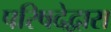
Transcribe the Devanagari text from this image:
परिषदेद्वारा